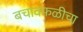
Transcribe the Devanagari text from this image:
बचावफळीचा